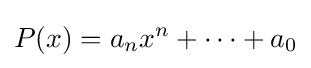
P(x)=a_{n}x^{n}+\cdots +a_{0}